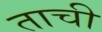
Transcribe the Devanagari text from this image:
ताची